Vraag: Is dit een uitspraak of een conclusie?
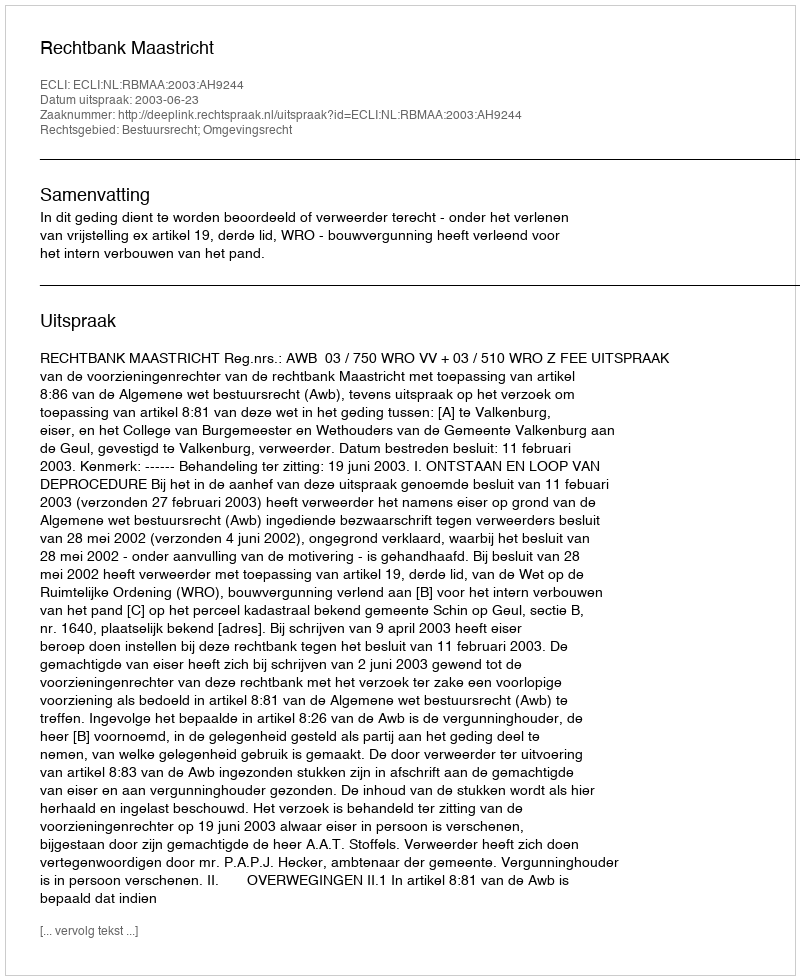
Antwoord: Uitspraak